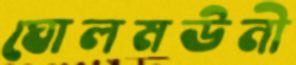
ঘোলমউনী